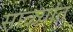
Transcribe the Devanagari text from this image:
साळ्यांत